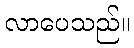
လာပေသည်။